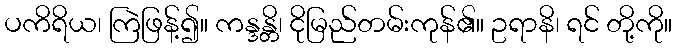
ပကိရိယ၊ ကြဲဖြန့်၍။ ကန္ဒန္တိ၊ ငိုမြည်တမ်းကုန်၏။ ဥရာနိ၊ ရင် တို့ကို။